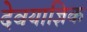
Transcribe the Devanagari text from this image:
देवयाज्ञिक